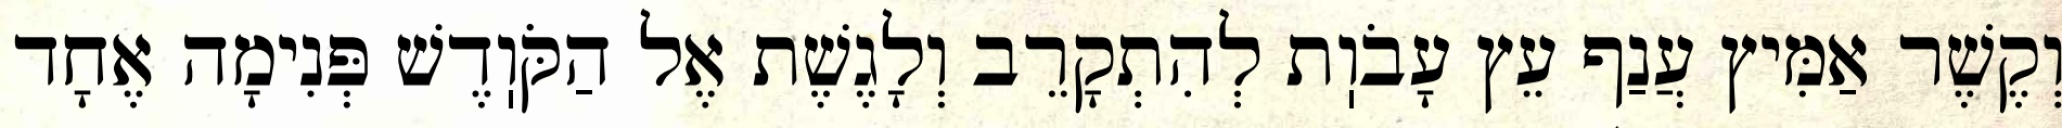
וְקֶשֶׁר אַמִּיץ עֲנַף עֵץ עָבֹוֽת לְהִתְקָרֵב וְלָגֶשֶׁת אֶל הַקֹּוֽדֶשׁ פְּנִימָה אֶחָד